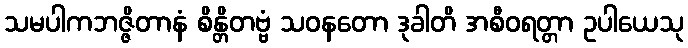
သမပါကဘဇ္ဇိတာနံ စိန္တိတဗ္ဗံ သဝနတော ဒုခါတိ အစီဝရတ္တာ ဥပါယေသု